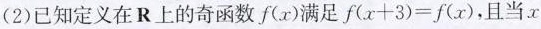
(2)已知定义在R上的奇函数f(x)满足$$f(x+3)=f(x)$$，且当x